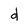
Character: d